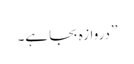
’’دروازہ بجا ہے۔